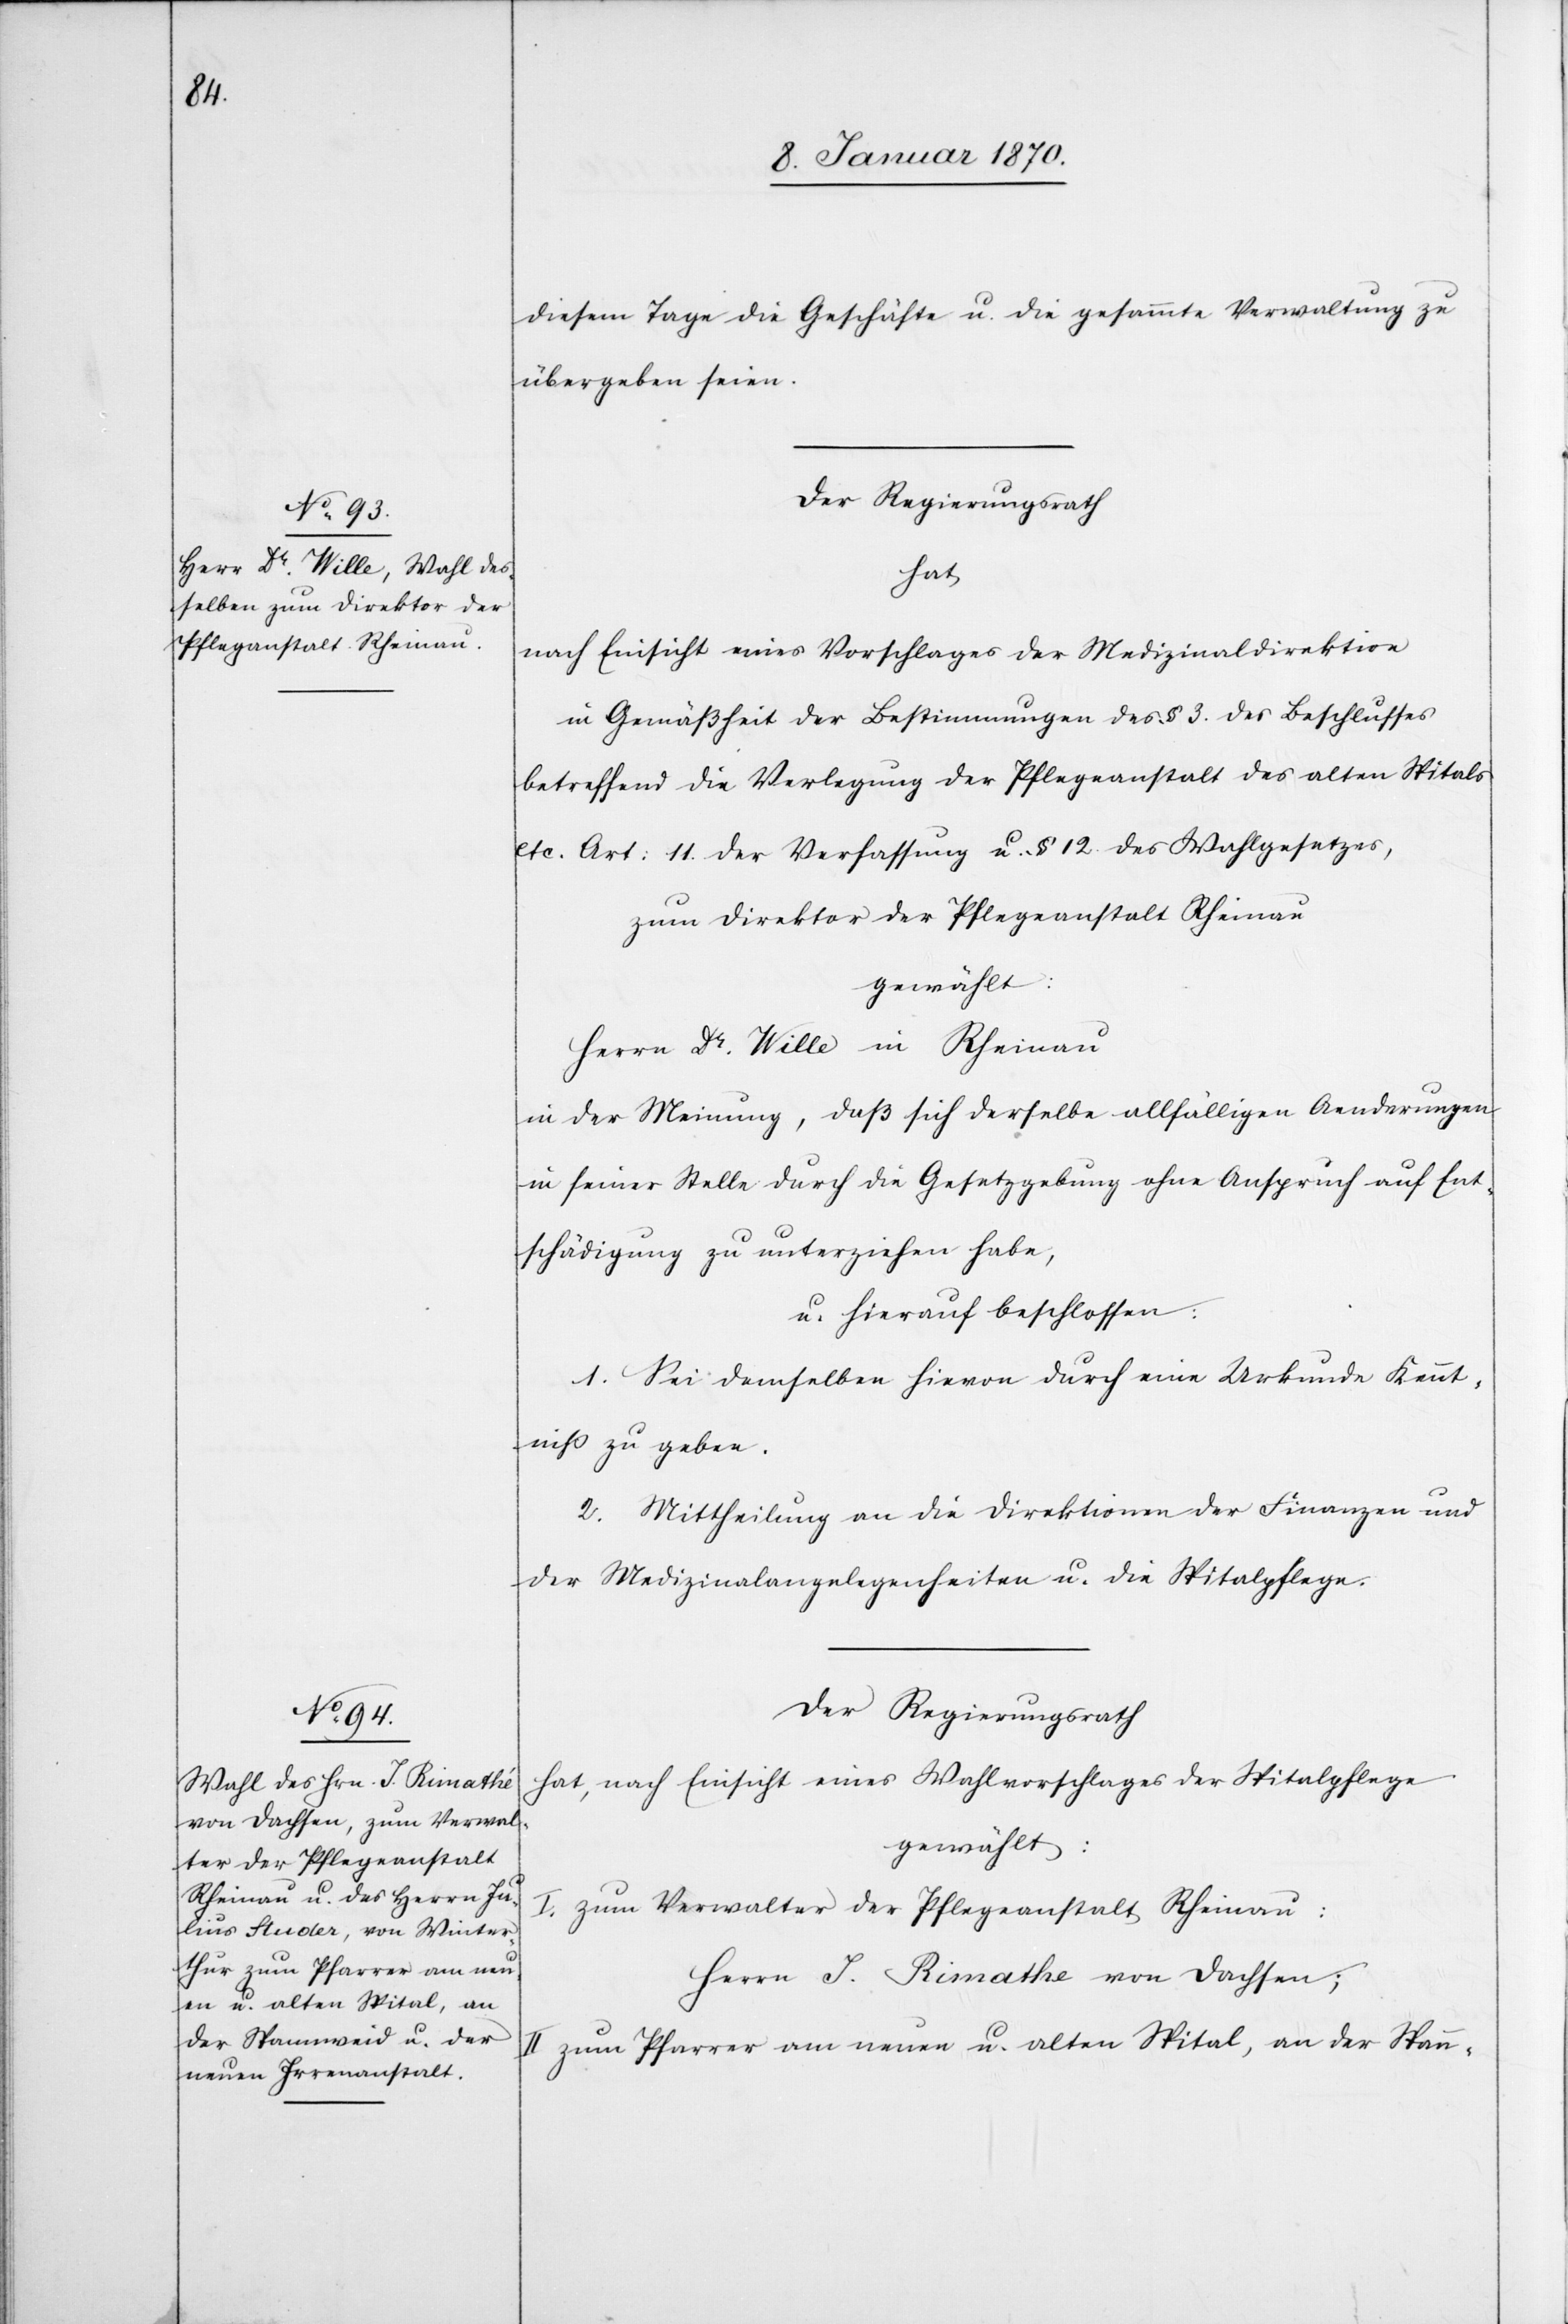
diesem Tage die Geschäfte u. die gesammte Verwaltung zu
übergeben seien.
Der Regierungsrath
hat
nach Einsicht eines Vorschlages der Medizinaldirektion
in Gemäßheit der Bestimmungen des § 3. des Beschlusses
betreffend die Verlegung der Pflegeanstalt des alten Spitals
etc. Art: 11 der Verfassung u. § 12 des Wahlgesetzes,
zum Direktor der Pflegeanstalt Rheinau
gewählt:
Herrn Dr. Wille in Rheinau
in der Meinung, daß sich derselbe allfälligen Aenderungen
in seiner Stelle durch die Gesetzgebung ohne Anspruch auf Ent¬
schädigung zu unterziehen habe,
u. hierauf beschlossen:
1. Sei demselben hievon durch eine Urkunde Kennt¬
niß zu geben.
2. Mittheilung an die Direktion der Finanzen und
der Medizinalangelegenheiten u. die Spitalpflege.
Der Regierungsrath
hat, nach Einsicht eines Wahlvorschlages der Spitalpflege
gewählt:
I. zum Verwalter der Pflegeanstalt Rheinau:
Herrn J. Rimathe von Dachsen;
II zum Pfarrer am neuen u. alten Spital, an der Spann-